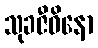
သုခဇီဝိနော